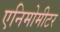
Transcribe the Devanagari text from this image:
एनिमोमीटर